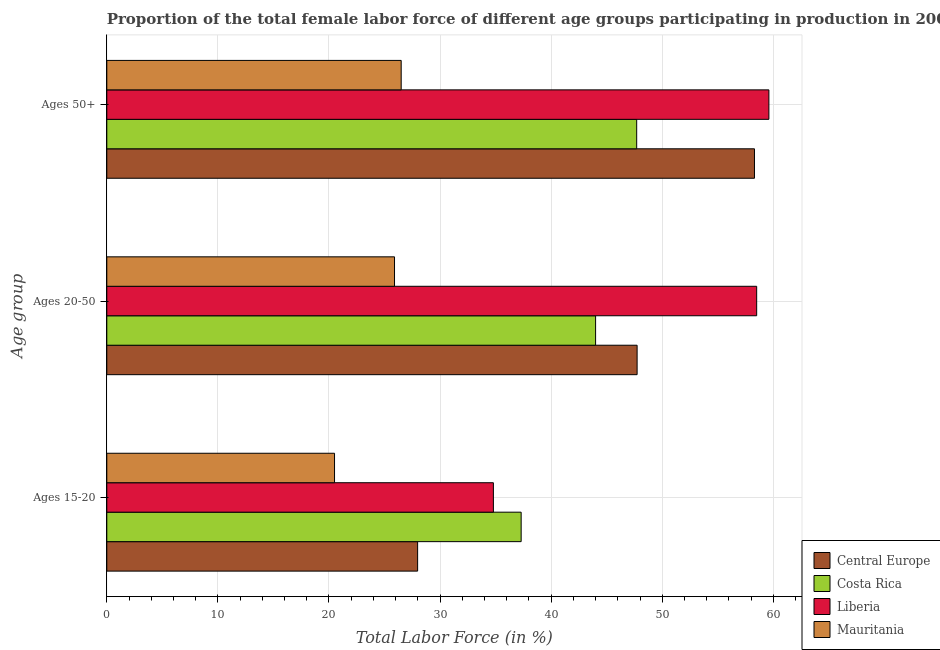
| Age group | Central Europe | Costa Rica | Liberia | Mauritania |
 | --- | --- | --- | --- | --- |
 | Ages 15-20 | 28 | 37.3 | 34.8 | 20.5 |
 | Ages 20-50 | 47.7 | 44 | 58.5 | 25.9 |
 | Ages 50+ | 58.3 | 47.7 | 59.6 | 26.5 |